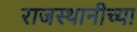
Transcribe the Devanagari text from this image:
राजस्थानीच्या